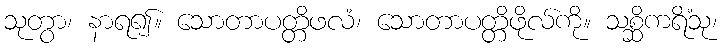
သုတွာ၊ နာရ၍။ သောတာပတ္တိဖလံ၊ သောတာပတ္တိဖိုလ်ကို။ သစ္ဆိကရိံသု၊